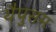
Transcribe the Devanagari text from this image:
थैपुसम